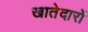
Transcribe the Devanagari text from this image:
खातेदारों